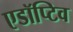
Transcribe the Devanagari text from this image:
एडॉप्टिव